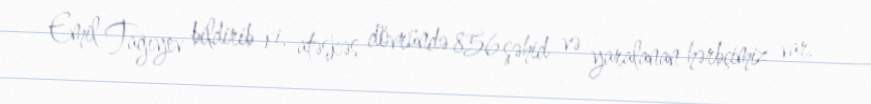
Emil Tağıyev bildirib ki, atəşkəs dövründə 856 şəhid və yaralanan hərbçimiz var.